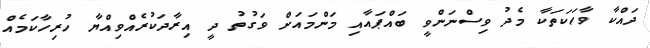
ދައްކާ ވާހަކަތަކާ މެދު ވިސްނަންވީ ބައްޕައާއި މަންމައަށް ވަގުތު ދީ އިރާދަކުރެއްވިއްޔާ ހުރިހާކަމެއް